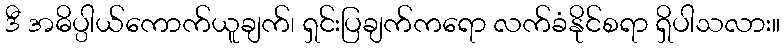
ဒီ အဓိပ္ပါယ်ကောက်ယူချက်၊ ရှင်းပြချက်ကရော လက်ခံနိုင်စရာ ရှိပါသလား။